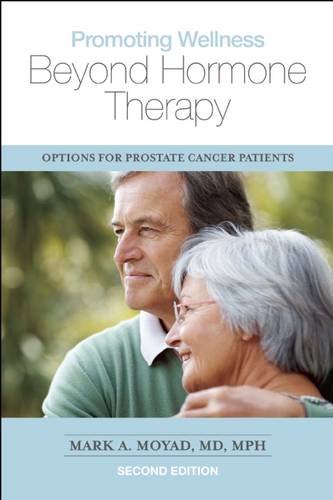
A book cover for Promoting Wellness Beyond Hormone Therapy, Second Edition: Options for Prostate Cancer Patients; Mark A. Moyad; Health, Fitness & Dieting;